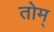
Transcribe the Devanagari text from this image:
तोम्